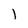
Character: l